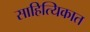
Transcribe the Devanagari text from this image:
साहित्यिकात